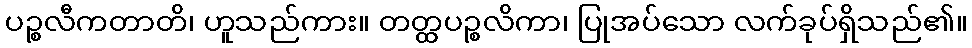
ပဉ္စလီကတာတိ၊ ဟူသည်ကား။ တတ္ထပဉ္စလိကာ၊ ပြုအပ်သော လက်ခုပ်ရှိသည်၏။